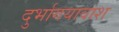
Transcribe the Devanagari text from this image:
दुर्भागयावाश